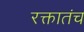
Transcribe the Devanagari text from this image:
रक्तातंच